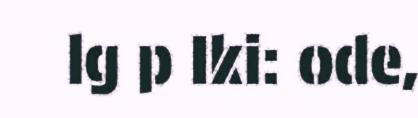
lg p Iki: ode,